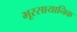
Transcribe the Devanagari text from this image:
भूरसायानिक